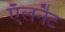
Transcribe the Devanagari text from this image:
ऍलनैट